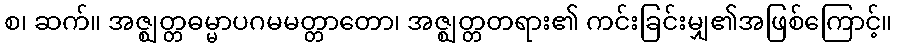
စ၊ ဆက်။ အဇ္ဈတ္တဓမ္မာပဂမမတ္တာတော၊ အဇ္ဈတ္တတရား၏ ကင်းခြင်းမျှ၏အဖြစ်ကြောင့်။